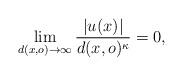
LaTeX: \begin{align*}\lim_{d(x,o)\to\infty}\frac{|u(x)|}{d(x,o)^{\kappa}}=0,\end{align*}